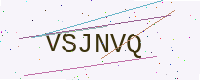
Text: VSJNVQ